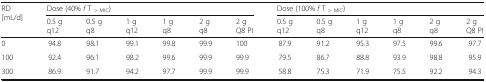
<table><thead><tr><td rowspan="2"><b>RD[mL/d]</b></td><td colspan="6"><b>Dose (40% <i>f</i> T <sub>&gt; MIC</sub>)</b></td><td colspan="6"><b>Dose (100% <i>f</i> T <sub>&gt; MIC</sub>)</b></td></tr><tr><td><b>0.5 gq12</b></td><td><b>0.5 gq8</b></td><td><b>1 gq12</b></td><td><b>1 gq8</b></td><td><b>2 gq8</b></td><td><b>2 gQ8 PI</b></td><td><b>0.5 gq12</b></td><td><b>0.5 gq8</b></td><td><b>1 gq12</b></td><td><b>1 gq8</b></td><td><b>2 gq8</b></td><td><b>2 gQ8 PI</b></td></tr></thead><tbody><tr><td>0</td><td>94.8</td><td>98.1</td><td>99.1</td><td>99.8</td><td>99.9</td><td>100</td><td>87.9</td><td>91.2</td><td>95.3</td><td>97.5</td><td>99.6</td><td>97.7</td></tr><tr><td>100</td><td>92.4</td><td>96.1</td><td>98.2</td><td>99.6</td><td>99.9</td><td>99.9</td><td>79.5</td><td>86.7</td><td>88.8</td><td>93.9</td><td>98.8</td><td>95.9</td></tr><tr><td>300</td><td>86.9</td><td>91.7</td><td>94.2</td><td>97.7</td><td>99.9</td><td>99.9</td><td>58.8</td><td>75.3</td><td>71.9</td><td>75.5</td><td>92.2</td><td>94.3</td></tr></tbody></table>